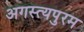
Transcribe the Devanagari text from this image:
अगस्त्यपुरम